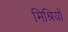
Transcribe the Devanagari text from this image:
मिश्रियों